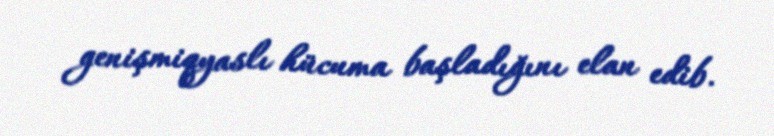
genişmiqyaslı hücuma başladığını elan edib.